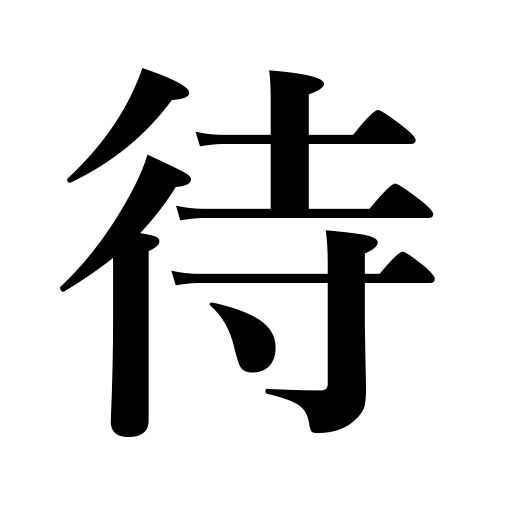
Meanings: wait for,waiting,wait,deal with,watch for,treat,expect,depend on